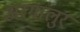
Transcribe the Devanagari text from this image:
अरगालुर